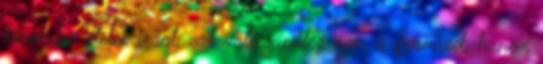
bizonyos ételek iránt, azt valószínűleg nem a gyomrod, hanem